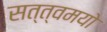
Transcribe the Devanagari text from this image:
सत्त्वमयो